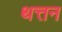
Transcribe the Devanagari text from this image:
थत्तन